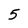
Character: 5